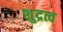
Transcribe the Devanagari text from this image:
शुद्रत्व